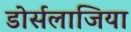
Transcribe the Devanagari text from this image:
डोर्सलाजिया